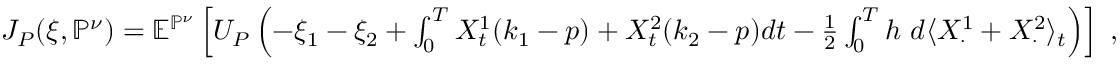
\begin{array} { r } { J _ { P } ( \xi , \mathbb { P } ^ { \nu } ) = \mathbb { E } ^ { \mathbb { P } ^ { \nu } } \left[ U _ { P } \left( - \xi _ { 1 } - \xi _ { 2 } + \int _ { 0 } ^ { T } X _ { t } ^ { 1 } ( k _ { 1 } - p ) + X _ { t } ^ { 2 } ( k _ { 2 } - p ) d t - \frac 1 2 \int _ { 0 } ^ { T } h ~ d \langle X _ { \cdot } ^ { 1 } + X _ { \cdot } ^ { 2 } \rangle _ { t } \right) \right] \; , } \end{array}